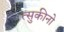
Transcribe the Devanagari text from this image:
त्सुकीनो